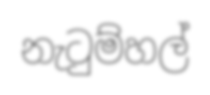
නැටුම්හල්